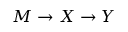
M \rightarrow X \rightarrow Y